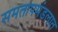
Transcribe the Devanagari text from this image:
समतापमंडलात